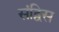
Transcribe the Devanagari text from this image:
संद्विस